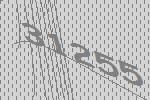
31255